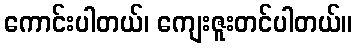
ကောင်းပါတယ်၊ ကျေးဇူးတင်ပါတယ်။